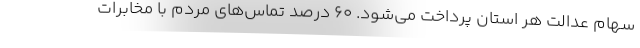
سهام عدالت هر استان پرداخت می‌شود. 60 درصد تماس‌های مردم با مخابرات